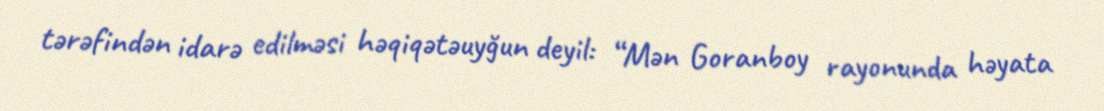
tərəfindən idarə edilməsi həqiqətəuyğun deyil: “Mən Goranboy rayonunda həyata